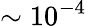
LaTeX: \sim 10^{-4}